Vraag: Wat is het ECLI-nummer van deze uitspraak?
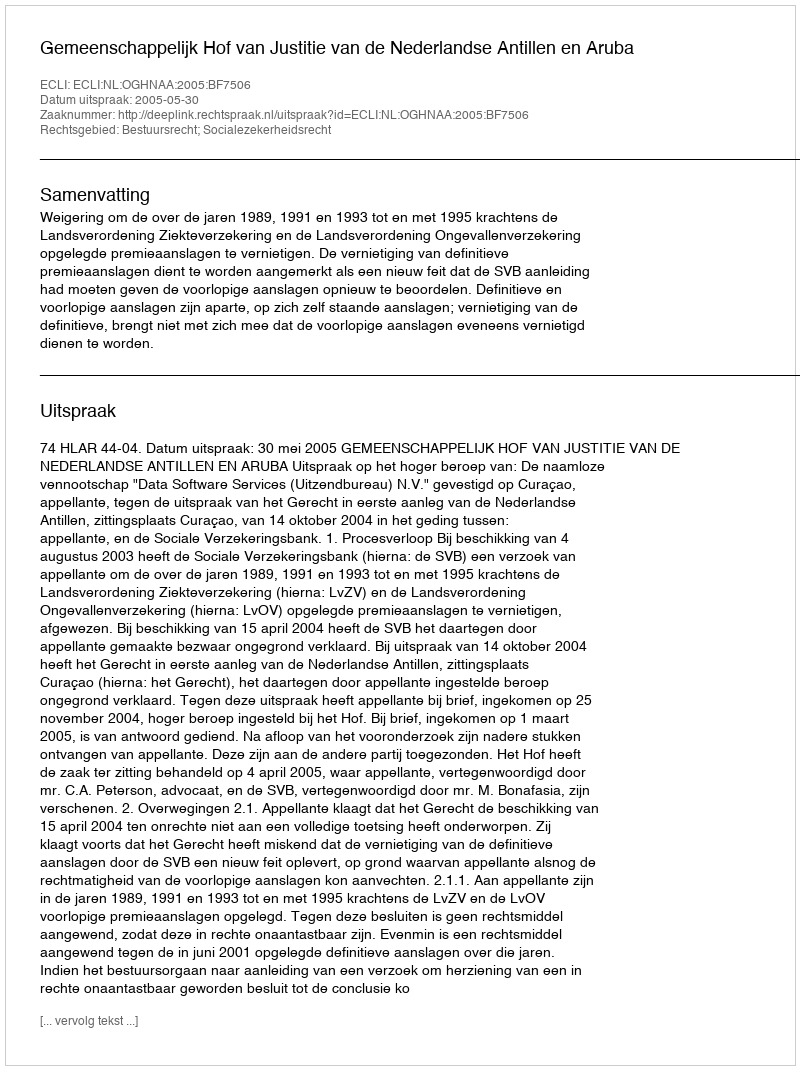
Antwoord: ECLI:NL:OGHNAA:2005:BF7506